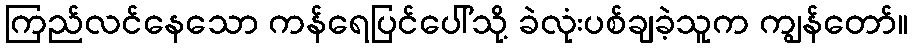
ကြည်လင်နေသော ကန်ရေပြင်ပေါ်သို့ ခဲလုံးပစ်ချခဲ့သူက ကျွန်တော်။